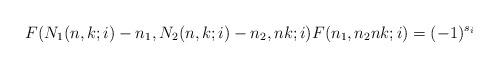
LaTeX: \begin{align*}F(N_1(n,k;i)-n_1,N_2(n,k;i)-n_2,nk;i)F(n_1,n_2nk;i)=(-1)^{s_i}\end{align*}